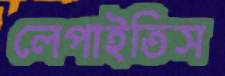
লেপাইতিস